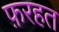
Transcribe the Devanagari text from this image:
फ़रहत